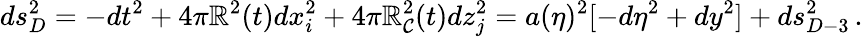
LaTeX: ds_{D}^{2}=-dt^{2}+4\pi\mathbb{R}^{2}(t)dx_{i}^{2}+4\pi\mathbb{R}_{\mathcal{C}}^{2}(t)dz_{j}^{2}=a(\eta)^{2}[-d\eta^{2}+dy^{2}]+ds_{D-3}^{2}\, .